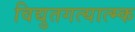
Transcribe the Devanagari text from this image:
विद्युतगत्यात्म्क